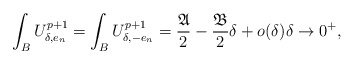
\begin{align*}\int_{B} U_{\delta,e_n}^{p+1}=\int_{B} U_{\delta,-e_n}^{p+1}=\frac{\mathfrak{A}}{2}-\frac{\mathfrak{B}}{2}\delta +o(\delta)\delta\to 0^+,\end{align*}